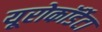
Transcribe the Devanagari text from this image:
यूरोकॉर्डेटा